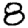
Digit: 8